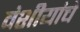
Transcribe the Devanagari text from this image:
वंशीयांचे